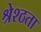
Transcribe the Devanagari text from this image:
श्रेश्ठता